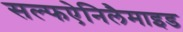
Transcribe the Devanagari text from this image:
सल्फऐनिलैमाइड